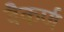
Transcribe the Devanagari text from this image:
वैकर्ण